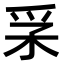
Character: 𤓽